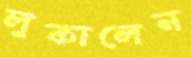
লুকালেন